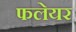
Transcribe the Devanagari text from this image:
फलेयर